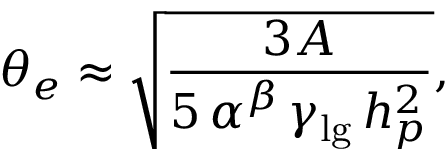
\theta _ { e } \approx \sqrt { \frac { 3 A } { 5 \, \alpha ^ { \beta } \, \gamma _ { \mathrm { l g } } \, h _ { p } ^ { 2 } } } ,